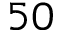
5 0